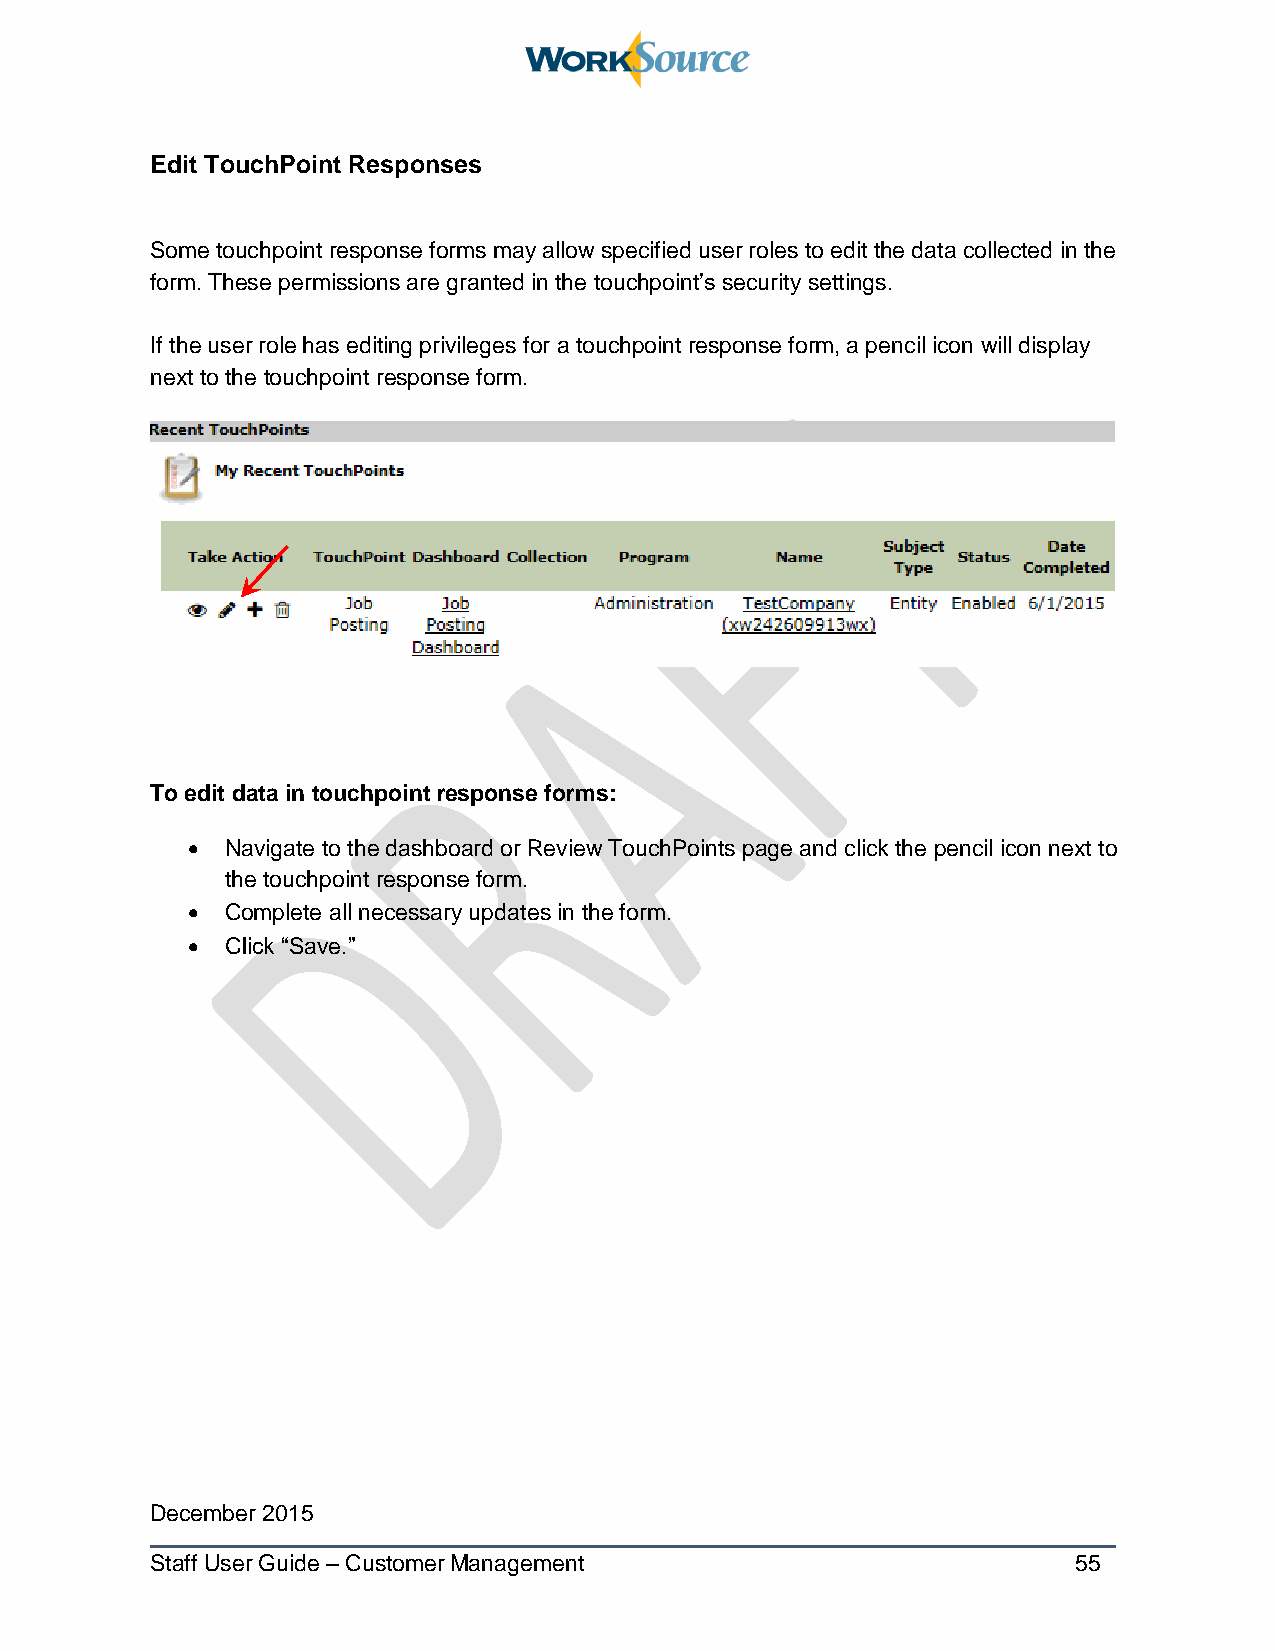
Edit TouchPoint Responses
 Some touchpoint response forms may allow specified user roles to edit the data collected in the
 form. These permissions are granted in the touchpoint’s security settings.
 If the user role has editing privileges for a touchpoint response form, a pencil icon will display
 next to the touchpoint response form.
 To edit data in touchpoint response forms:
   Navigate to the dashboard or Review TouchPoints page and click the pencil icon next to
 the touchpoint response form.
   Complete all necessary updates in the form.
   Click “Save.”
 December 2015
 Staff User Guide – Customer Management                       55